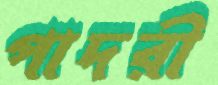
পাদরী